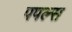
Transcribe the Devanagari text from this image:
पपल्स